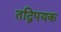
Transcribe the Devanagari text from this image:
तद्विपयक